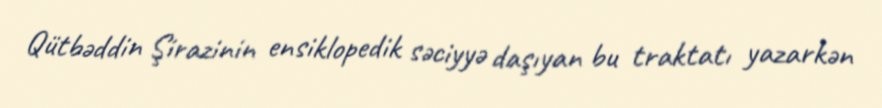
Qütbəddin Şirazinin ensiklopedik səciyyə daşıyan bu traktatı yazarkən